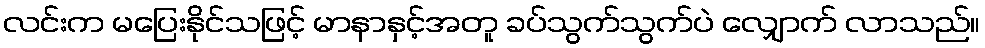
လင်းက မပြေးနိုင်သဖြင့် မာနာနှင့်အတူ ခပ်သွက်သွက်ပဲ လျှောက် လာသည်။